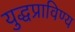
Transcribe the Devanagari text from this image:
युद्धप्राविण्य